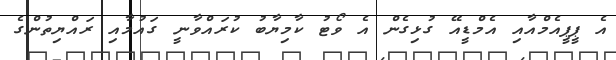
އެ ޕީޕީއެމްއާއި އެމްޑީއޭ ގުޅިގެން އެ ވޯޓު ކާމިޔާބު ކުރައްވާނީ ގައުމާއި ރައްޔިތުންގެ